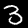
Label: 3